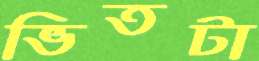
ভিতটা